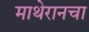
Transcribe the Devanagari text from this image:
माथेरानचा